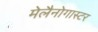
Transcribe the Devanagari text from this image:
मेलैनोगास्टर